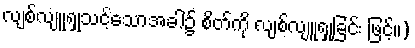
လျစ်လျူရှုသင့်သောအခါ၌ စိတ်ကို လျစ်လျူရှုခြင်း ဖြင့်။)